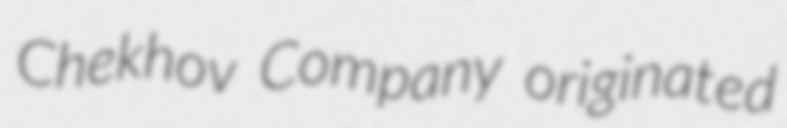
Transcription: Chekhov Company originated